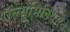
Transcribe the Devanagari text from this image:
ऍल्युमिनियमचे